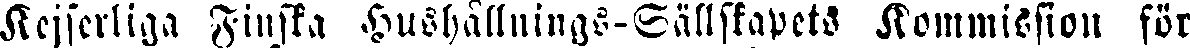
Kejserliga Finska Hushållnings-Sällskapets Kommission för